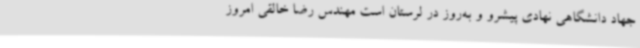
جهاد دانشگاهی نهادی پیشرو و به‌روز در لرستان است مهندس رضا خالقی امروز